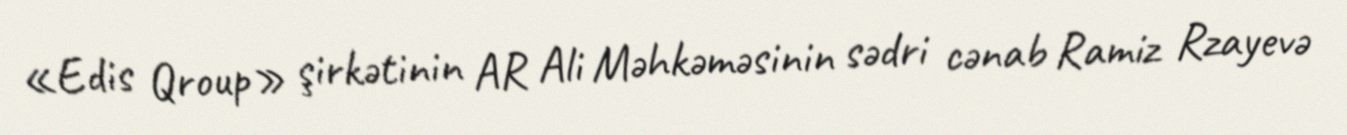
«Edis Qroup» şirkətinin AR Ali Məhkəməsinin sədri cənab Ramiz Rzayevə